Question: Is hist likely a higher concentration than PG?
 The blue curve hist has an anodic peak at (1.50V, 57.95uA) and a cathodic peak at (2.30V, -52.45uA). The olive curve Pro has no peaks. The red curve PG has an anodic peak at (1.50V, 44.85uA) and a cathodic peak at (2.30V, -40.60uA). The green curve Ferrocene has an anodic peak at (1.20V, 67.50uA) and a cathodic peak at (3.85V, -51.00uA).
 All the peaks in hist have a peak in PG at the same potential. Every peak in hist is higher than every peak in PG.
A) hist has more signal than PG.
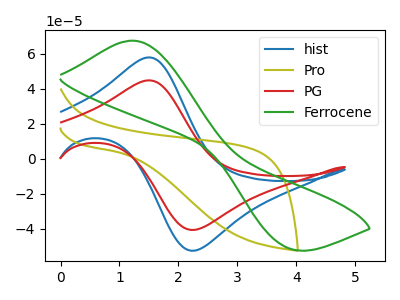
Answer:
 <answer>A) "hist" has more signal than "PG".</answer>
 <eval>A</eval>